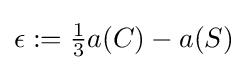
{\textstyle \epsilon :={\frac {1}{3}}a(C)-a(S)}